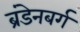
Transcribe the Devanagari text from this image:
ब्रंडेनबर्ग